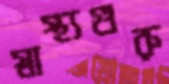
স্বাস্থ্যগুরু